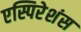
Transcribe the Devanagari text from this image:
एस्पिरेशंस